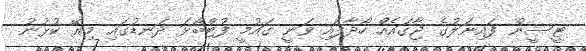
ޓީސީން ފައިނަލުގެ ޖާގައެއް ހޯދާފައި ވަނީ ގައުމީ ފުޓްބޯޅަ ދަނޑުގައި މިރޭ ކުޅުނު